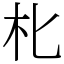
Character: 朼